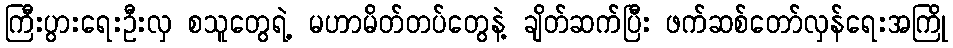
ကြီးပွားရေးဦးလှ စသူတွေရဲ့ မဟာမိတ်တပ်တွေနဲ့ ချိတ်ဆက်ပြီး ဖက်ဆစ်တော်လှန်ရေးအကြို